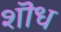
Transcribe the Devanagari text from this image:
शॊध